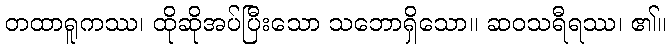
တထာရူကဿ၊ ထိုဆိုအပ်ပြီးသော သဘောရှိသော။ ဆဝသရီရဿ၊ ၏။